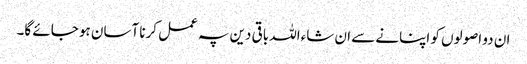
ان دو اصولوں کو اپنانے سے ان شاءاللہ باقی دین پہ عمل کرنا آسان ہو جائے گا۔